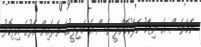
ނަމަވެސް އެ ނިޒާމު ހަލާކުކޮށްލީ ވެސް އެ މަޖިލީހުގެ ތެރެއިން އޭރުގެ އިދިކޮޅު